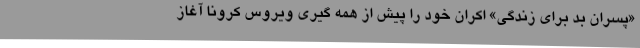
«پسران بد برای زندگی» اکران خود را پیش از همه گیری ویروس کرونا آغاز